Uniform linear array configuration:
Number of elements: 64
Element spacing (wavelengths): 0.75
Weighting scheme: hamming
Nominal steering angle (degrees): -15
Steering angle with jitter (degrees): -16.867
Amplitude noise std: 0.05
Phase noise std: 0.05

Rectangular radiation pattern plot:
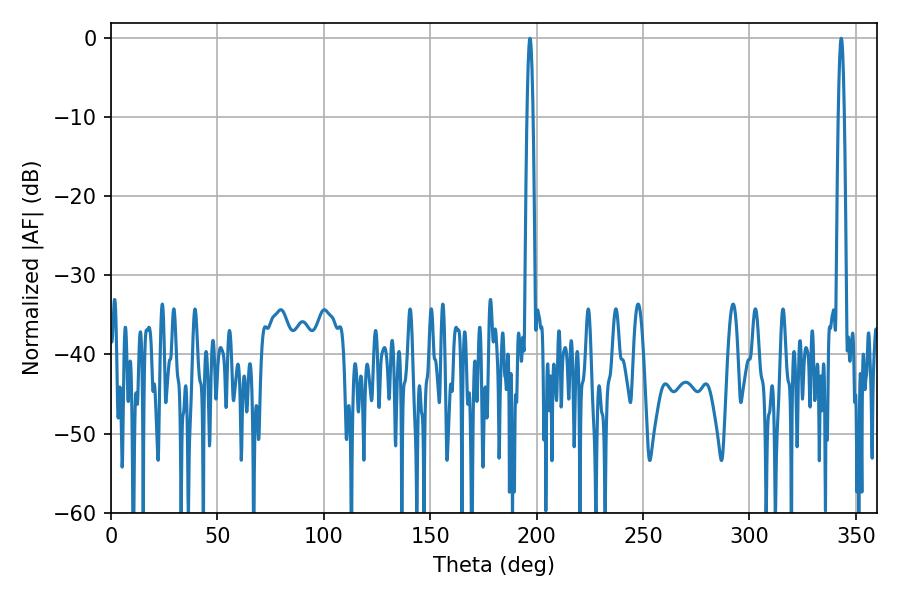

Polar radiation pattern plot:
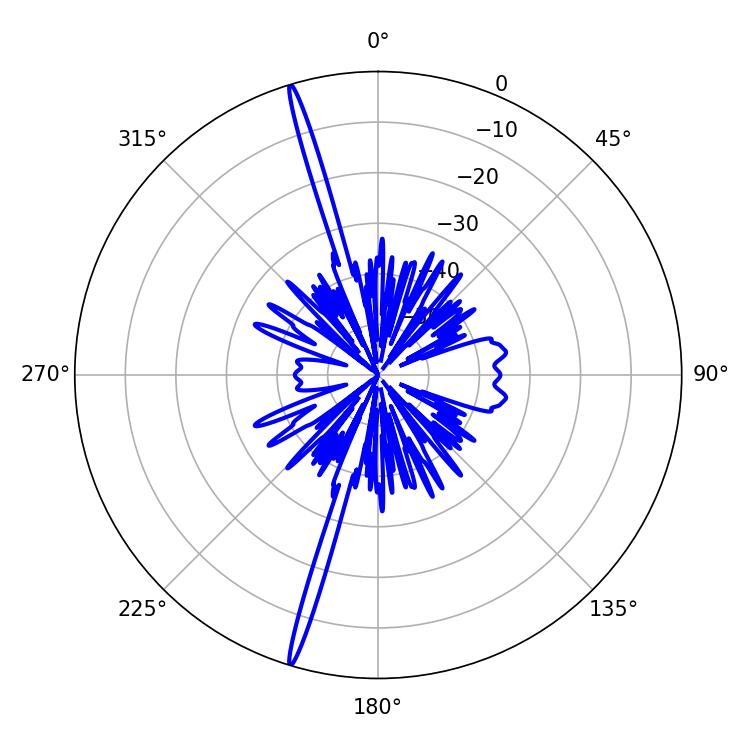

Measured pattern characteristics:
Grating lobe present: TRUE
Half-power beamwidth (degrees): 1.44
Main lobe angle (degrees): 343.08